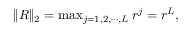
\begin{array} { r } { \| R \| _ { 2 } = \operatorname* { m a x } _ { j = 1 , 2 , \cdots , L } r ^ { j } = r ^ { L } , } \end{array}